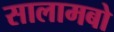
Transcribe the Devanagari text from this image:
सालामबो